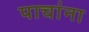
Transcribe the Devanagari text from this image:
पाचांना